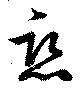
恋